Annual administration report of the Civil Veterinary Department, Sind - 1945-1946
Year: 1945
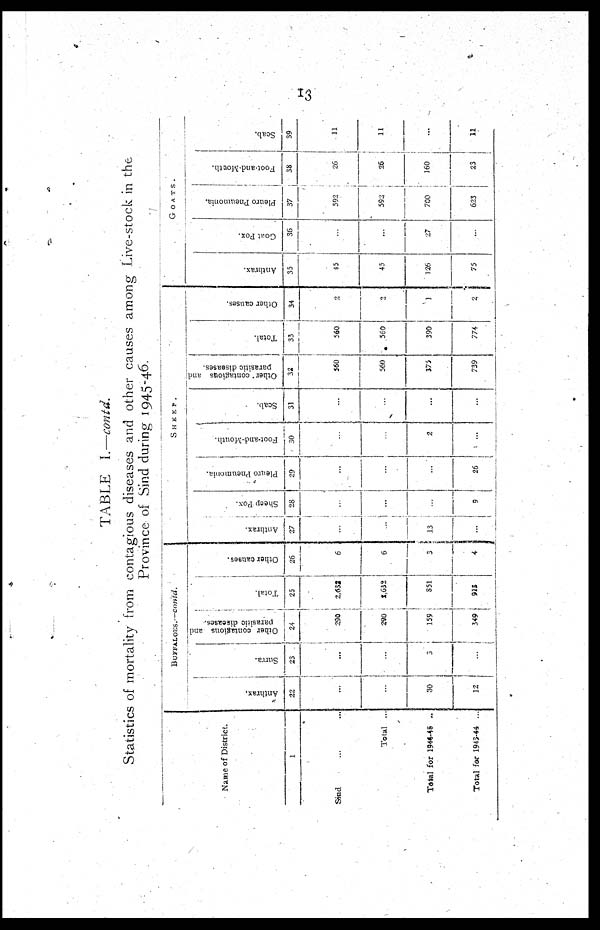
13
TABLE I.—contd.
Statistics of mortality from contagious diseases and other causes among Live-stock in the
Province of Sind during 1945-46.
Name of District.
1
Sind ... ...
Total ...
Total for 1944-45 ..
Total for 1943-44 ...
BUFFALOES.—contd.
Anthrax.
22
...
...
30
12
Surra.
23
...
...
5
...
Other contagious and
parasitic diseases.
24
290
290
159
349
Total.
25
2,632
2,632
551
913
Other causes.
26
6
6
...
4
SHEEP.
Anthrax.
27
...
...
13
...
Sheep Pox.
28
...
...
...
9
Pleuro Pneumonia.
29
...
...
...
26
Foot-and-Mouth.
30
...
...
2
...
Scab.
31
...
...
...
...
Other contagious and;
parasitic diseases.
32
560
560
375
739
Total.
33
560
560
390
774
Other causes.
34
2
2
1
2
GOATS.
Anthrax.
35
45
45
126
75
Goat Pox.
36
...
...
27
...
Pleuro
Pneumonia.
37
592
592
700
623
Foot-and-Mouth.
38
26
26
160
23
Scab.
39
11
11
...
11